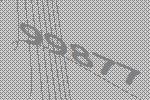
99877